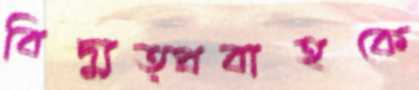
বিদ্যুত্প্রবাহকে